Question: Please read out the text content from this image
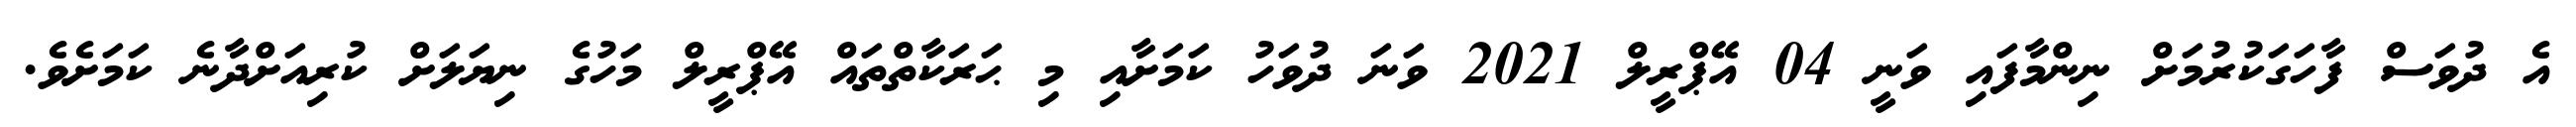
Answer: އެ ދުވަސް ފާހަގަކުރުމަށް ނިންމާފައި ވަނީ 04 އޭޕްރީލް 2021 ވަނަ ދުވަހު ކަމަށާއި މި ޙަރަކާތްތައް އޭޕްރީލް މަހުގެ ނިޔަލަށް ކުރިއަށްދާނެ ކަމަށެވެ.